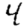
Digit: 4